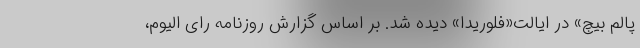
پالم بیچ» در ایالت«فلوریدا» دیده شد. بر اساس گزارش روزنامه رای الیوم،